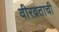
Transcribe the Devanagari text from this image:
वीरव्रताची